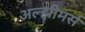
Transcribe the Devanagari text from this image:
अल्झीमर्स